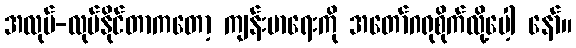
အလုပ်-လုပ်နိုင်တာကတော့ ကျန်းမာရေးကို အတော်ဂရုစိုက်လို့ပေါ့ နော်။